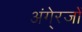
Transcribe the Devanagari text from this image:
अंगे्रजों